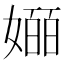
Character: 𫱯